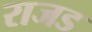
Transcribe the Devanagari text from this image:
राजड